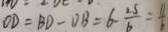
O D = B D - D B = 6 - \frac { 2 5 } { 6 } = \frac { 1 1 } { 6 }